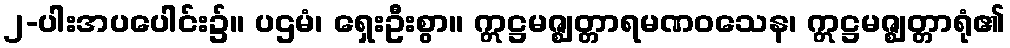
၂-ပါးအပပေါင်း၌။ ပဌမံ၊ ရှေးဦးစွာ။ ဣဋ္ဌမဇ္ဈတ္တာရမဏဝသေန၊ ဣဋ္ဌမဇ္ဈတ္တာရုံ၏